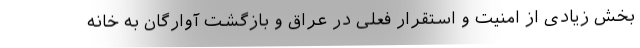
بخش زیادی از امنیت و استقرار فعلی در عراق و بازگشت آوارگان به خانه